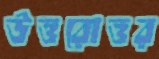
উত্তরোত্তর